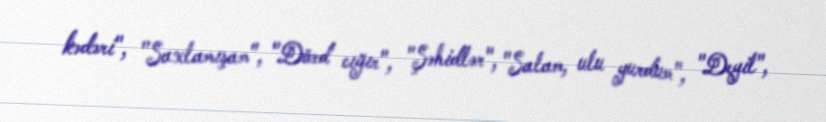
kədəri", "Saxlamışam", "Dörd cığır", "Şəhidlər", "Salam, ulu yurdum", "Deyil",